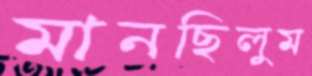
মানছিলুম